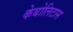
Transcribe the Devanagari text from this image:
केबोलिटास